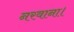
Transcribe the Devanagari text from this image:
नरवाना।